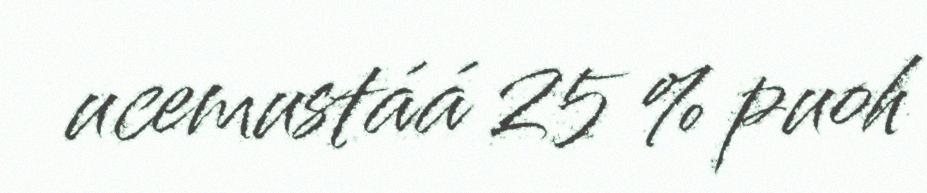
ucemustáá 25 % puoh